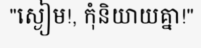
"ស្ងៀម!, កុំនិយាយគ្នា!"